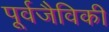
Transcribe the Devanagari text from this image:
पूर्वजैविकी